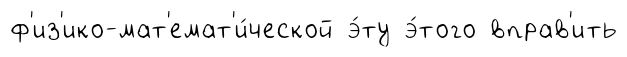
ф'из'ико-мат'емат'и́ческой э́ту э́того вправ'ить